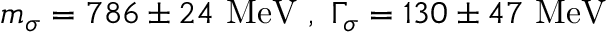
m _ { \sigma } = 7 8 6 \pm 2 4 \ \mathrm { M e V } \ , \ \Gamma _ { \sigma } = 1 3 0 \pm 4 7 \ \mathrm { M e V }